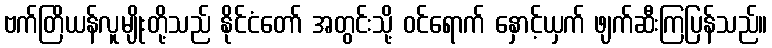
ဗက်တြိယန်လူမျိုးတို့သည် နိုင်ငံတော် အတွင်းသို့ ဝင်ရောက် နှောင့်ယှက် ဖျက်ဆီးကြပြန်သည်။